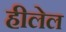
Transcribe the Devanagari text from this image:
हीलेल